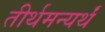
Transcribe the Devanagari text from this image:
तीर्थमन्यर्थं